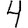
Digit: 4